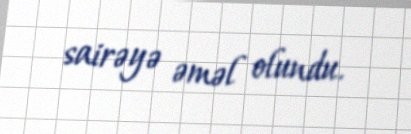
sairəyə əməl olundu.